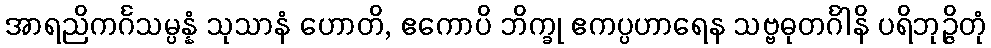
အာရညိကင်္ဂသမ္ပန္နံ သုသာနံ ဟောတိ, ဧကောပိ ဘိက္ခု ဧကပ္ပဟာရေန သဗ္ဗဓုတင်္ဂါနိ ပရိဘုဉ္ဇိတုံ